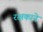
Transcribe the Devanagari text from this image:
रक्षकाने